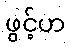
ဖွင့်ဟ